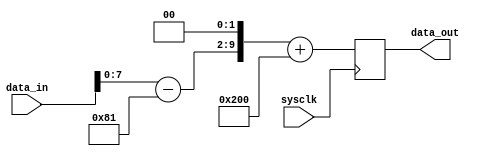
module processor (sysclk, data_in, data_out);

	input				sysclk;		// system clock
	input [9:0]		data_in;		// 10-bit input data
	output [9:0] 	data_out;	// 10-bit output data

	wire				sysclk;
	wire [9:0]		data_in;
	reg [9:0] 		data_out;
	wire [9:0]		x,y;

	parameter 		ADC_OFFSET = 10'h181;
	parameter 		DAC_OFFSET = 10'h200;

	assign x = data_in[9:0] - ADC_OFFSET;		// x is input in 2's complement
	
	// This part should include your own processing hardware 
	// ... that takes x to produce y
	// ... In this case, it is ALL PASS.
	
	
	assign y = (x << 2);
	
	//  Now clock y output with system clock
	always @(posedge sysclk)
		data_out <=  y + DAC_OFFSET;
		
endmodule